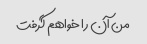
من آن را خواهم گرفت